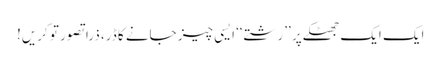
ایک ایک جھٹکے پر ’’رشتے‘‘ ایسی چیز جانے کا ڈر، ذرا تصور تو کریں!